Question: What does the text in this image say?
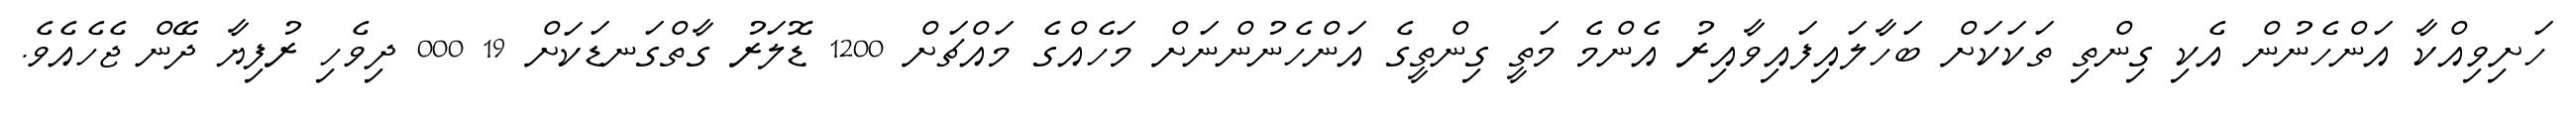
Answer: ހަށިވިއްކާ އަންހެނުން އެކި ގިންތި ތަކަކަށް ބަހާލައިފައިވާއިރު އެންމެ މަތީ ގިންތީގެ އަންހެނުންނަށް މަހެއްގެ މައްޗަށް 1200 ޑޮލަރު ގާތްގަނޑަކަށް 19 000 ދިވެހި ރުފިޔާ ދޭން ޖެހެއެވެ.